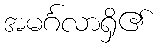
အမင်္ဂလာရှိ၏